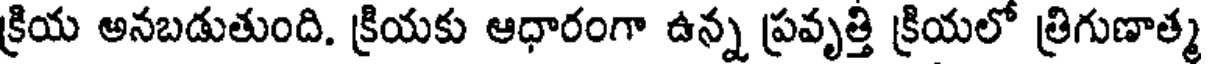
క్రియ అనబడుతుంది. క్రియకు ఆధారంగా ఉన్న ప్రవృత్తి క్రియలో త్రిగుణాత్మ